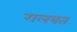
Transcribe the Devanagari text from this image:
गलबत